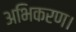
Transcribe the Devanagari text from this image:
अभिकरण।